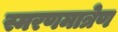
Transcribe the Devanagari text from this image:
स्मरणमात्रेण